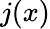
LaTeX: j(x)